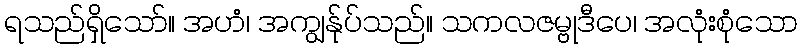
ရသည်ရှိသော်။ အဟံ၊ အကျွန်ုပ်သည်။ သကလဇမ္ဗုဒီပေ၊ အလုံးစုံသော